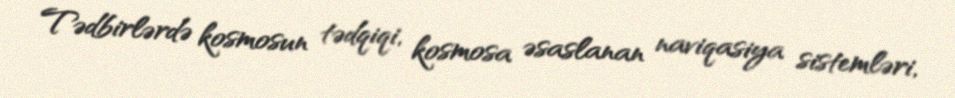
Tədbirlərdə kosmosun tədqiqi, kosmosa əsaslanan naviqasiya sistemləri,